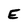
Character: E